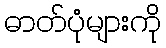
ဓာတ်ပုံများကို